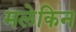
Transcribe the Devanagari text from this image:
मलेकिन